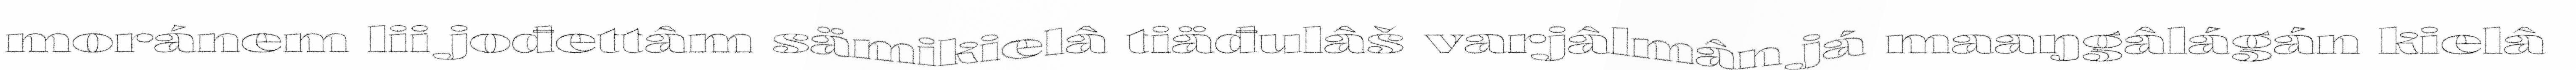
moránem lii jođettâm sämikielâ tiäđulâš varjâlmân já maaŋgâlágán kielâ